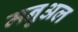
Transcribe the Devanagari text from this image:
मनुअल